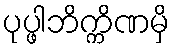
ပုပ္ဖါဘိက္ကိဏမှိ